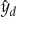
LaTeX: { \hat { y } } _ { d }